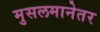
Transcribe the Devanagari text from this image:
मुसलमानेतर